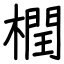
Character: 橍